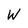
Character: W